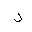
Letter: _dal